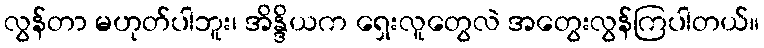
လွန်တာ မဟုတ်ပါဘူး၊ အိန္ဒိယက ရှေးလူတွေလဲ အတွေးလွန်ကြပါတယ်။